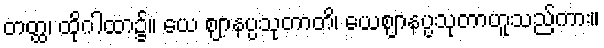
တတ္ထ၊ ထိုဂါထာ၌။ ယေ ဈာနပ္ပသုတာတိ၊ ယေဈာနပ္ပသုတာဟူသည်ကား။